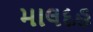
માલદહ